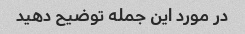
در مورد این جمله توضیح دهید